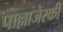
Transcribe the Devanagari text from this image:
पाल्लाजेस्की